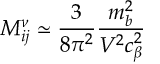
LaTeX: M _ { i j } ^ { \nu } \simeq \frac { 3 } { 8 \pi ^ { 2 } } \frac { m _ { b } ^ { 2 } } { V ^ { 2 } c _ { \beta } ^ { 2 } }